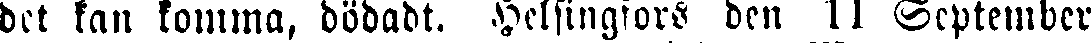
det kan komma, dödadt. Helsingfors den 11 September